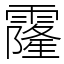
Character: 霳